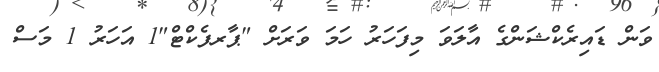
ވަން ޑައިރެކްޝަންގެ އާލަވަ މިފަހަރު ހަމަ ވަރަށް "ޕާރފެކްޓް"1 އަހަރު 1 މަސް